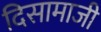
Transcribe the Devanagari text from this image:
दिसामाजी